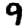
Digit: 9